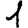
Digit: 1